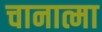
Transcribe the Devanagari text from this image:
चानात्मा